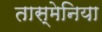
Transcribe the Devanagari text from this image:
तास्मेनिया